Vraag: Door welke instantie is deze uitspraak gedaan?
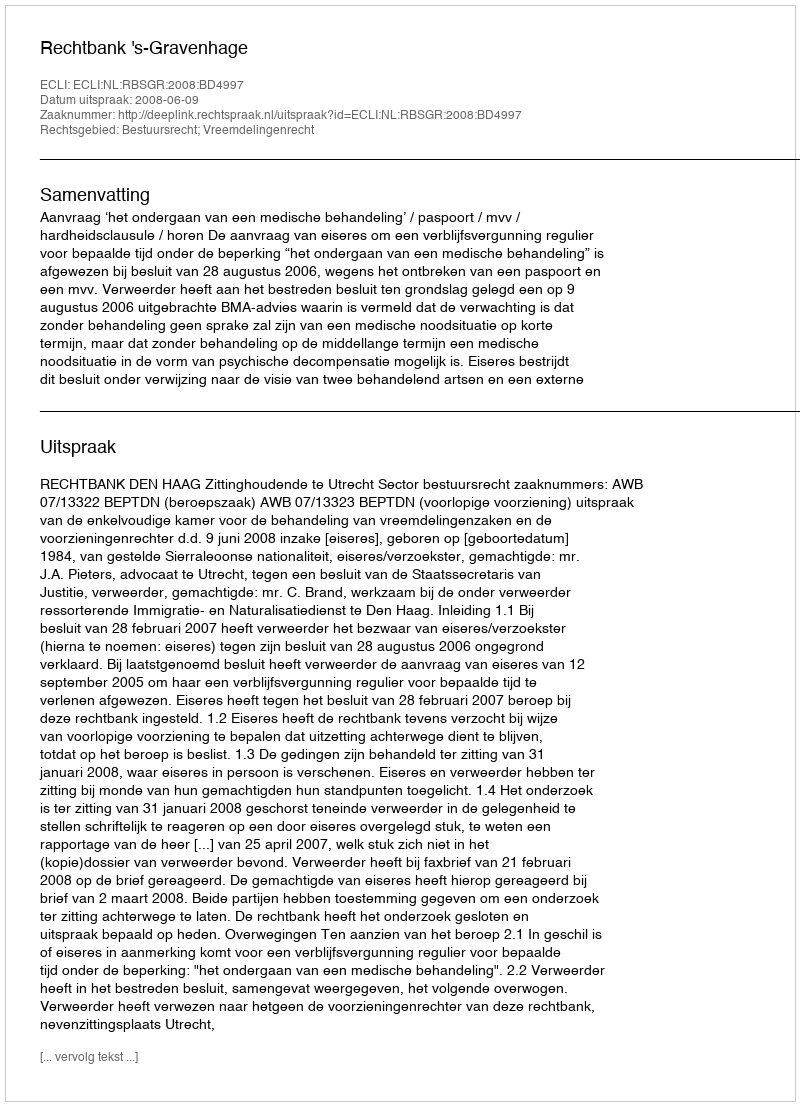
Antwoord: Rechtbank 's-Gravenhage